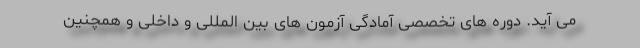
می آید. دوره های تخصصی آمادگی آزمون های بین المللی و داخلی و همچنین